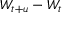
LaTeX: W _ { t + u } - W _ { t }